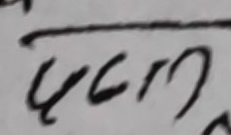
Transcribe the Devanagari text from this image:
५८११